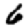
Digit: 6